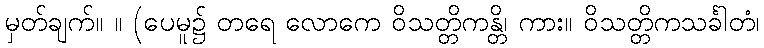
မှတ်ချက်။ ။ (ပေမူ၌ တရေ လောကေ ဝိသတ္တိကန္တိ၊ ကား။ ဝိသတ္တိကသင်္ခါတံ၊